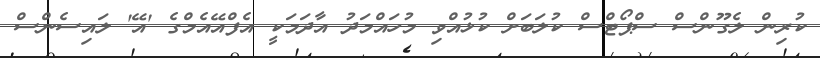
ކުރިން ލެގޫންސް ސްޕޯޓްސް ކުލަބަށް ކުޅުއްވި މުހައްމަދު އާދަމަކީ އެފްއޭއެމްގެ 'އޭ' ލައިސެންސް